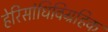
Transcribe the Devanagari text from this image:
हेरिसांधिविग्रहिक